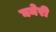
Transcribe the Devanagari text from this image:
घनेरी